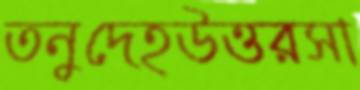
তনুদেহউত্তরসা